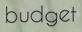
budget